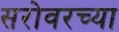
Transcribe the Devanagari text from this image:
सरोवरच्या